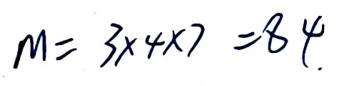
$M = 3\times4\times7 = 84$